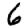
Digit: 6